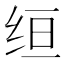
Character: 𫄠